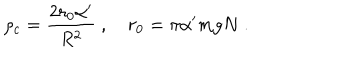
LaTeX: \rho _ { c } = { \frac { 2 r _ { 0 } \alpha ^ { \prime } } { R ^ { 2 } } } \ , \quad r _ { 0 } = \pi \alpha ^ { \prime } m g N \ .